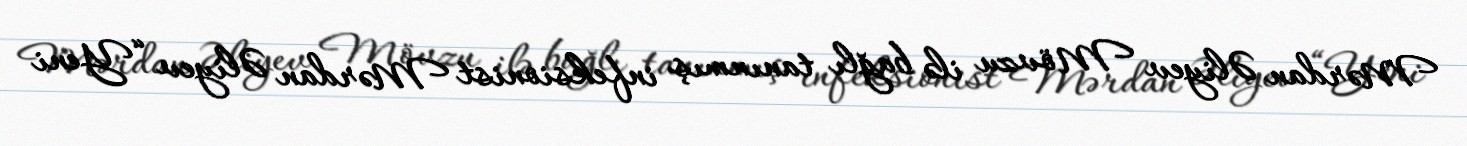
Mərdan Əliyev Mövzu ilə bağlı tanınmış infeksionist Mərdan Əliyev “Yeni